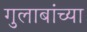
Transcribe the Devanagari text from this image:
गुलाबांच्या